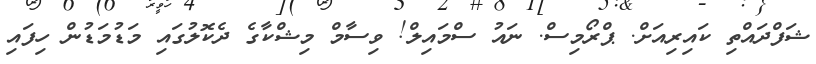
ޝަފްދައްތި ކައިރިއަށް. ޕްރޯމިސް. ނައު ސްމައިލް! ވިސާމް މިޝްކާގެ ދެކޮލުގައި މަޑުމަޑުން ހިފައި